French assistants in Scottish schools and training centres, 1932
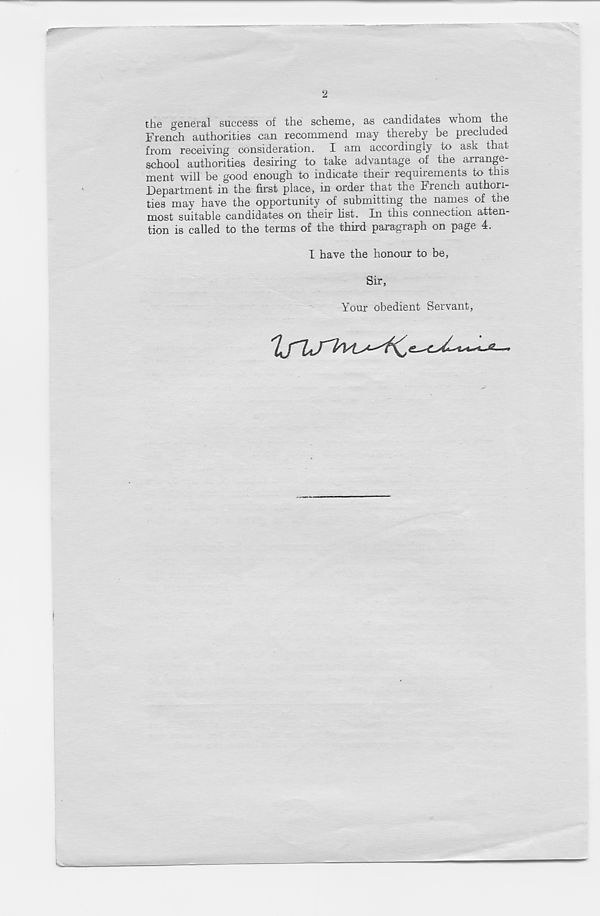
2
the general success of the scheme, as candidates whom the
French authorities can recommend may thereby be precluded
from receiving consideration. I am accordingly to ask that
school authorities desiring to take advantage of the arrange-
ment will be good enough to indicate their requirements to this
Department in the first place, in order that the French authori-
ties may have the opportunity of submitting the names of the
most suitable candidates on their fist. In this connection atten-
tion is called to the terms of the third paragraph on page 4.
I have the honour to be,
Sir,
Your obedient Servant,